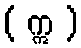
( ဣ )